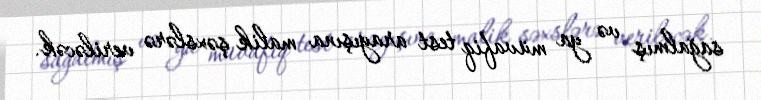
sağalmış və ya müvafiq test arayışına malik şəxslərə veriləcək.